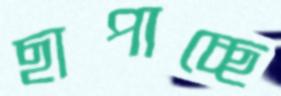
ছাপাচ্ছে